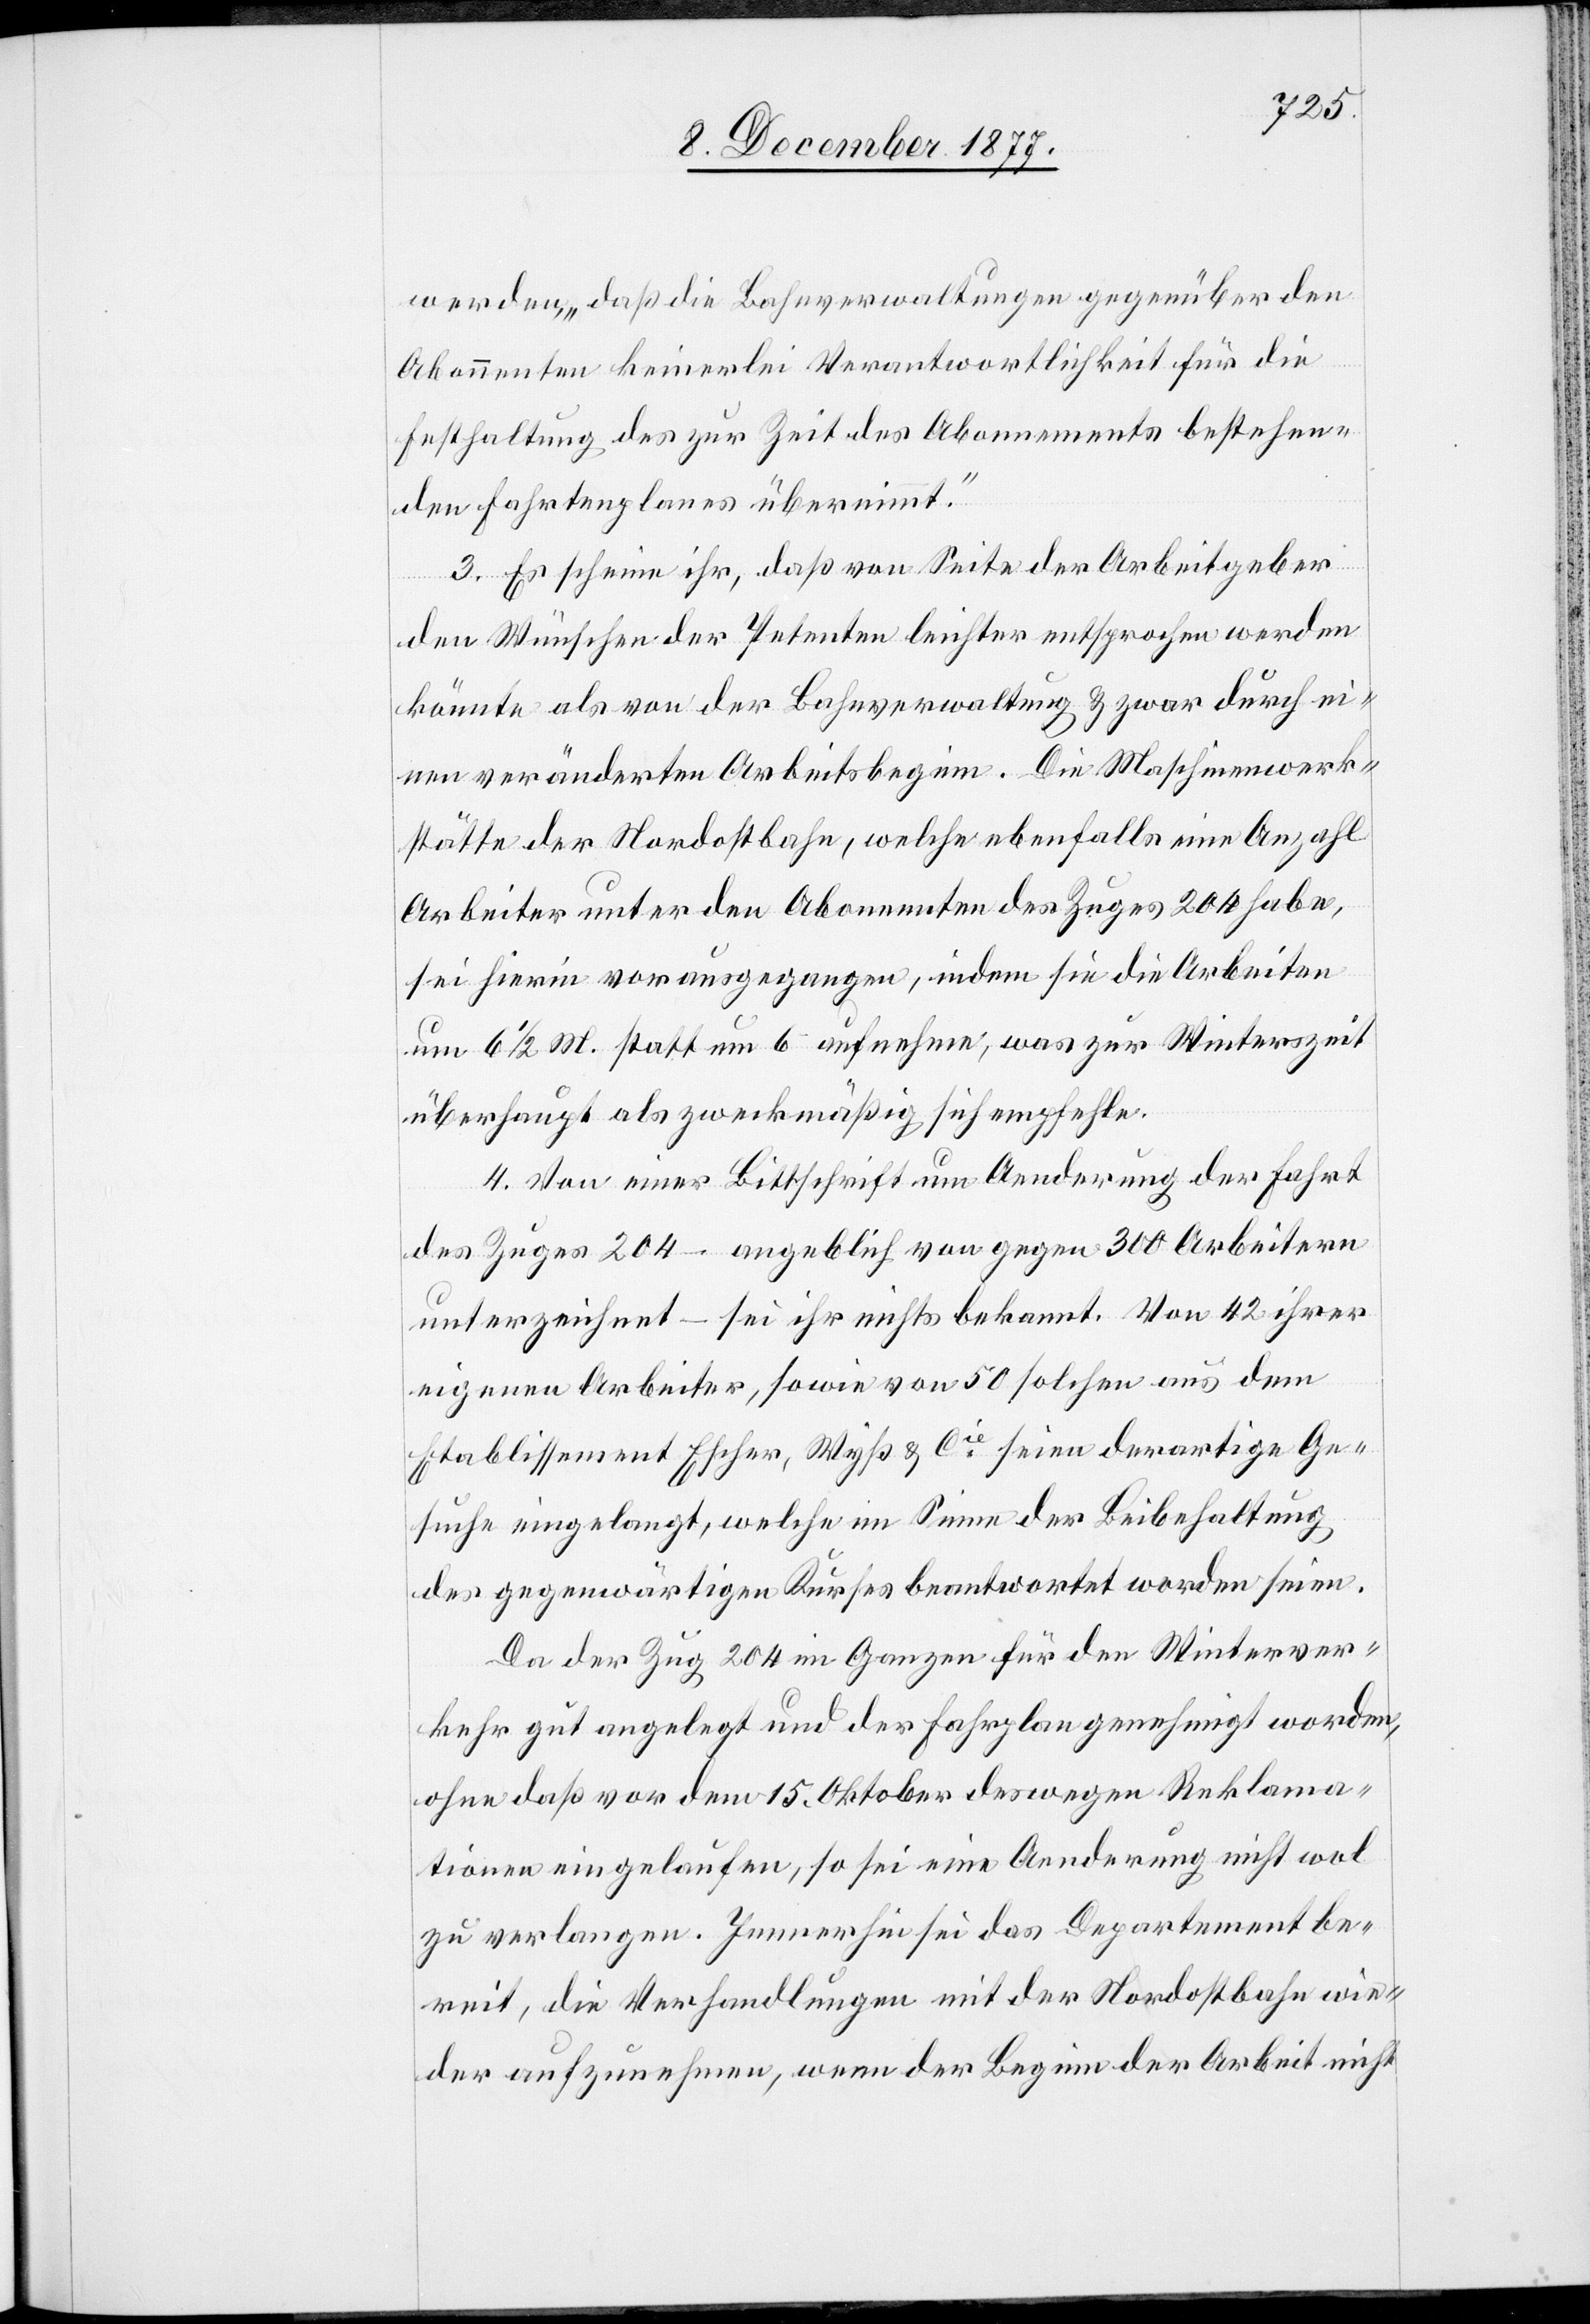
werden, „daß die Bahnverwaltungen gegenüber den
Abonnenten keinerlei Verantwortlichkeit für die
Festhaltung des zur Zeit des Abonnements bestehen¬
den Fahrtenplanes übernimmt.“
3. Es scheine ihr, daß von Seite der Arbeitgeber
den Wünschen der Petenten leichter entsprochen werden
könnte als von der Bahnverwaltung & zwar durch ei¬
nen veränderten Arbeitsbeginn. Die Maschinenwerk¬
stätte der Nordostbahn, welche ebenfalls eine Anzahl
Arbeiter unter den Abonnenten des Zuges 204 habe,
sei hierin vorausgegangen, indem sie die Arbeiten
um 6 1/2 M. statt um 6– aufnehme, was zur Winterszeit
überhaupt als zweckmäßig sich empfehle.
4. Von einer Bittschrift um Aenderung der Fahrt
des Zuges 204 – angeblich von gegen 300 Arbeitern
unterzeichnet – sei ihr nichts bekannt. Von 42 ihrer
eigenen Arbeiter, sowie von 50 solchen aus dem
Etablissement Escher, Wyß & Cie seien derartige Ge¬
suche eingelangt, welche im Sinne der Beibehaltung
des gegenwärtigen Kurses beantwortet worden seien.
Da der Zug 204 im Ganzen für den Winterver¬
kehr gut angelegt und der Fahrplan genehmigt worden,
ohne daß vor dem 15. Oktober deswegen Reklama¬
tionen eingelaufen, so sei eine Aenderung nicht wol
zu verlangen. Immerhin sei das Departement be¬
reit, die Verhandlungen mit der Nordostbahn wie¬
der aufzunehmen, wenn der Beginn der Arbeit nicht